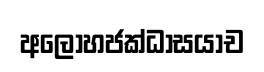
අලොහජක්ධාසයාච